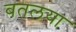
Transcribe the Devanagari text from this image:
बतलया